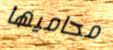
محاميها